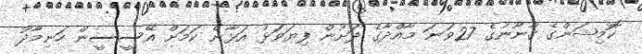
ކޮމިޝަންގެ ގާނޫނުގެ 27ވަނަ މާއްދާގެ ދަށުން ފިޔަވަޅު އަޅާނެ ކަމަށް އޭސީސީން ހަނިމާދޫ